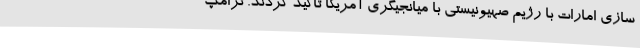
سازی امارات با رژیم صهیونیستی با میانجیگری آمریکا تاکید کردند. ترامپ